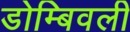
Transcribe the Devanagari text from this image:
डोम्बिवली